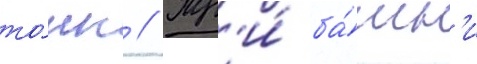
то́нн // Тр'и́ ба́шн'и